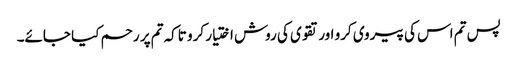
پس تم اس کی پیروی کرو اور تقوی کی روش اختیار کرو تاکہ تم پر رحم کیا جائے۔